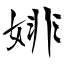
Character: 婔